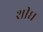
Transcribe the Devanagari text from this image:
शीघ